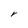
Character: r